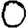
Digit: 0